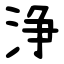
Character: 浄